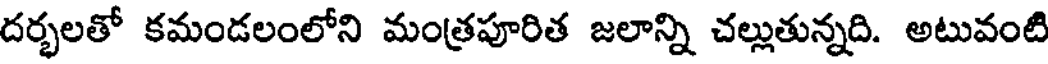
దర్భలతో కమండలంలోని మంత్రపూరిత జలాన్ని చల్లుతున్నది. అటువంటి